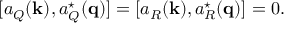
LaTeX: [ a _ { Q } ( { \bf k } ) , a _ { Q } ^ { \star } ( { \bf q } ) ] = [ a _ { R } ( { \bf k } ) , a _ { R } ^ { \star } ( { \bf q } ) ] = 0 .